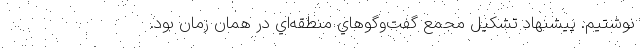
نوشتيم. پيشنهاد تشكيل مجمع گفت‌وگوهاي منطقه‌اي در همان زمان بود.